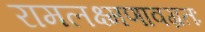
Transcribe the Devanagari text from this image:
रामलक्ष्मणावग्रतः